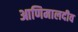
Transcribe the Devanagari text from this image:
आणिमालदीव